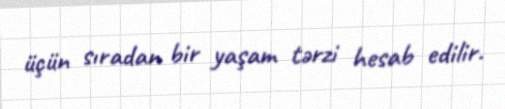
üçün sıradan bir yaşam tərzi hesab edilir.